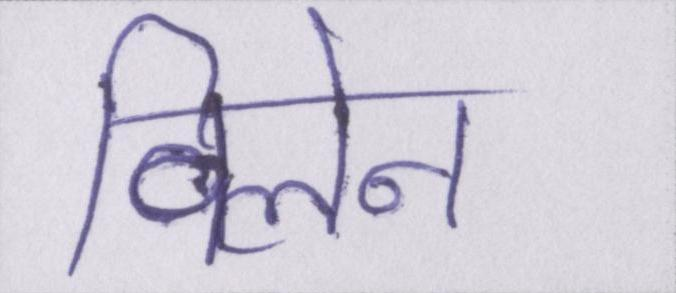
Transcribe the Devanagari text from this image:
विलेन